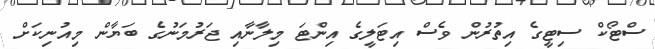
ސްޓޯކް ސިޓީގެ އިތުރުން ވެސް އިޓަލީގެ އިންޓަ މިލާނާއި ޖަރުމަނުގެ ބަޔާން މިއުނިކަށް